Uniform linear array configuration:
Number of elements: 12
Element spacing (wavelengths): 0.5
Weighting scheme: exponential
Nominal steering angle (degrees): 45
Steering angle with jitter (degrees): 43.448
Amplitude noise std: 0.05
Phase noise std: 0.05

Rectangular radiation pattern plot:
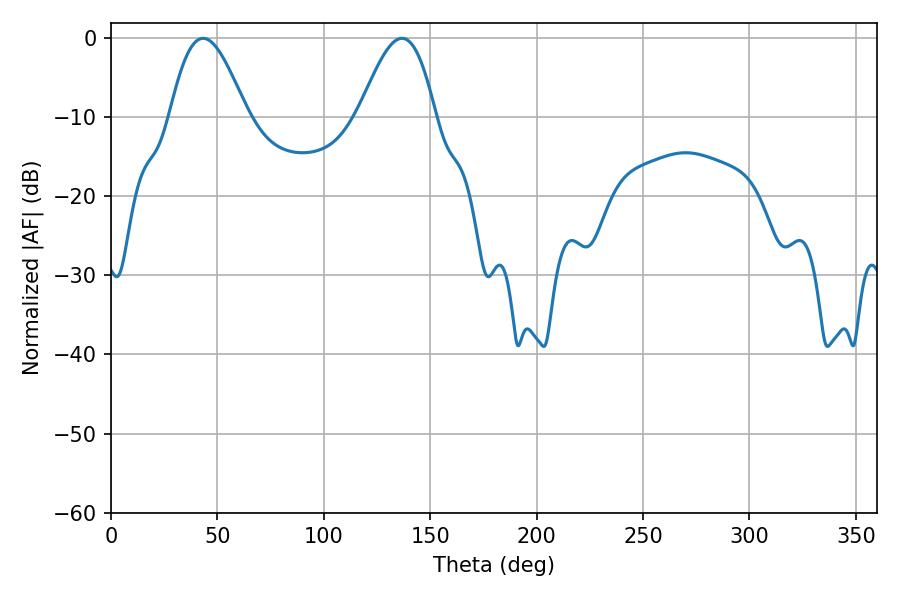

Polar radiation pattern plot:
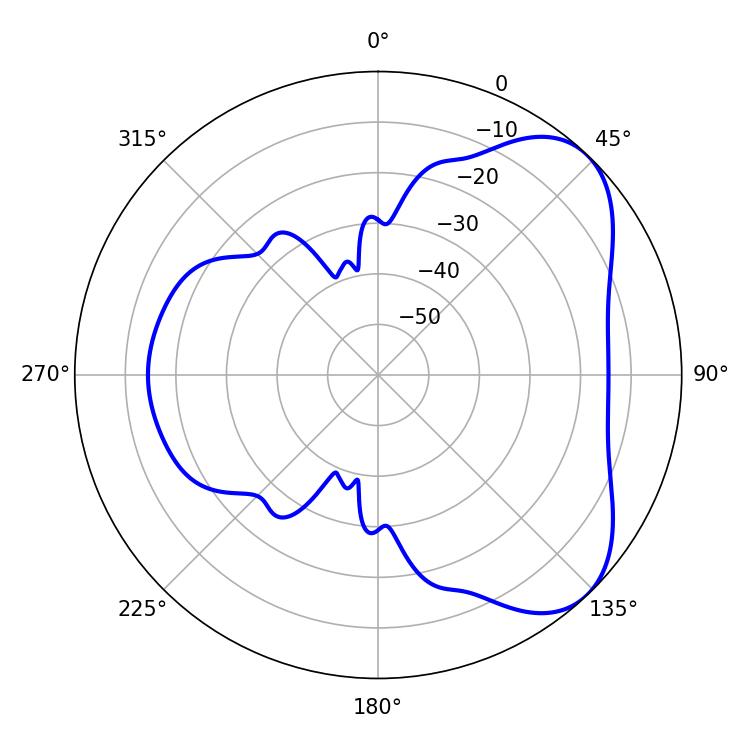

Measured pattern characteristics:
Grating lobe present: FALSE
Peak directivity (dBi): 5.809
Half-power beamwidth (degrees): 19.26
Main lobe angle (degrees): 43.2